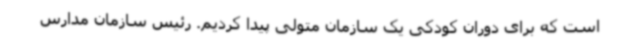
است که برای دوران کودکی یک سازمان متولی پیدا کردیم. رئیس سازمان مدارس